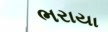
ભરાયા